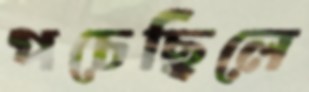
পচেছিলে